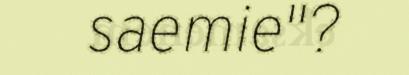
saemie"?